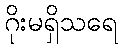
ဂိုးမရှိသရေ